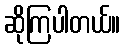
ဆိုကြပါတယ်။